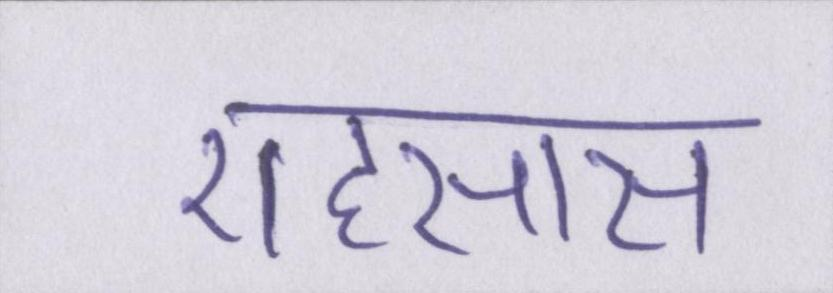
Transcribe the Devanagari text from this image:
एहसास